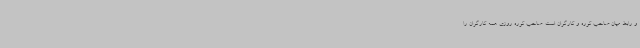
و رابط میان صاحب کوره و کارگران است. صاحب کوره روزی همه کارگران را